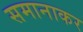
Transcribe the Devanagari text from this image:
समानाकर